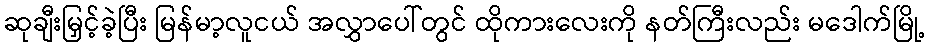
ဆုချီးမြှင့်ခဲ့ပြီး မြန်မာ့လူငယ် အလွှာပေါ်တွင် ထိုကားလေးကို နတ်ကြီးလည်း မဒေါက်မြို့